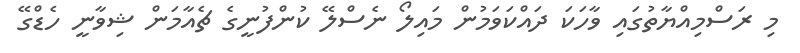
މި ރަސްމިއްޔާތުގައި ވާހަކަ ދައްކަވަމުން މައިލޯ ނެސްލޭ ކުންފުނީގެ ޗެއާމަން ޝިވާނީ ހެޑްގޭ